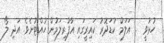
ހުޅުވީ  .. އަލަމް ކުޑަދޮރު ކައިރީގައި އާފުރިލަމުން ހުއްޓުނެވެ. އަދި ލޯ